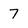
Character: 7